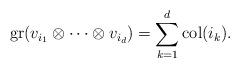
LaTeX: \begin{align*}\mbox{gr}(v_{i_{1}} \otimes \dots \otimes v_{i_{d}})=\sum_{k=1}^{d}\mbox{col}(i_{k}).\end{align*}